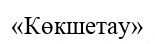
«Көкшетау»